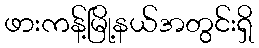
ဖားကန့်မြို့နယ်အတွင်းရှိ